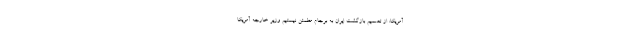
آمریکا: از تصمیم بازگشت ایران به برجام مطمئن نیستیم وزیر خارجه آمریکا